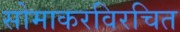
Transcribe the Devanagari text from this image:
सोमाकरविरचित